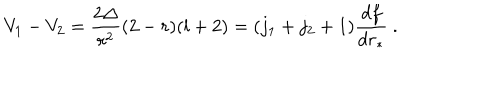
LaTeX: V _ { 1 } - V _ { 2 } = \frac { 2 \Delta } { r ^ { 2 } } ( 2 - r ) ( l + 2 ) = ( j _ { 1 } + j _ { 2 } + 1 ) \frac { d f } { d r _ { * } } \ .